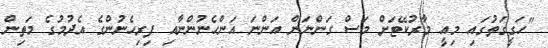
"ހަގީގަތުގައި މިއީ މާރުކޭޓަށް މަސް ގަންނަން އަންނަ އަންހެނުންނާއި ފިރިހެނުންގެ އެދުމުގެ މަތިން